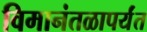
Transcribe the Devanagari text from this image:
विमानंतळापर्यंत